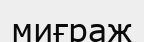
миғраж